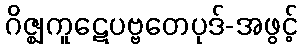
ဂိဇ္ဈကူဋေပဗ္ဗတေပုဒ်-အဖွင့်